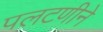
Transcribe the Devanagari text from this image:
पलटणीने